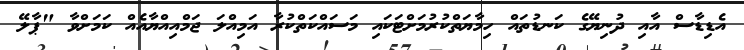
އެޑިޑާސް އާއި ދުނިޔޭގެ ކަނޑުތައް ހިމާޔަތްކުރުމަށްޓަކައި މަސައްކަތްކުރާ އަމިއްލަ ޖަމްއިއްޔާއެއް ކަމަށްވާ "ޕާލޭ